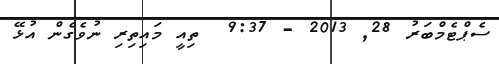
ސެޕްޓެމްބަރު 28